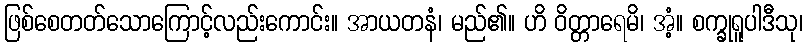
ဖြစ်စေတတ်သောကြောင့်လည်းကောင်း။ အာယတနံ၊ မည်၏။ ဟိ ဝိတ္တာရေမိ၊ အံ့။ စက္ခုရူပါဒီသု၊